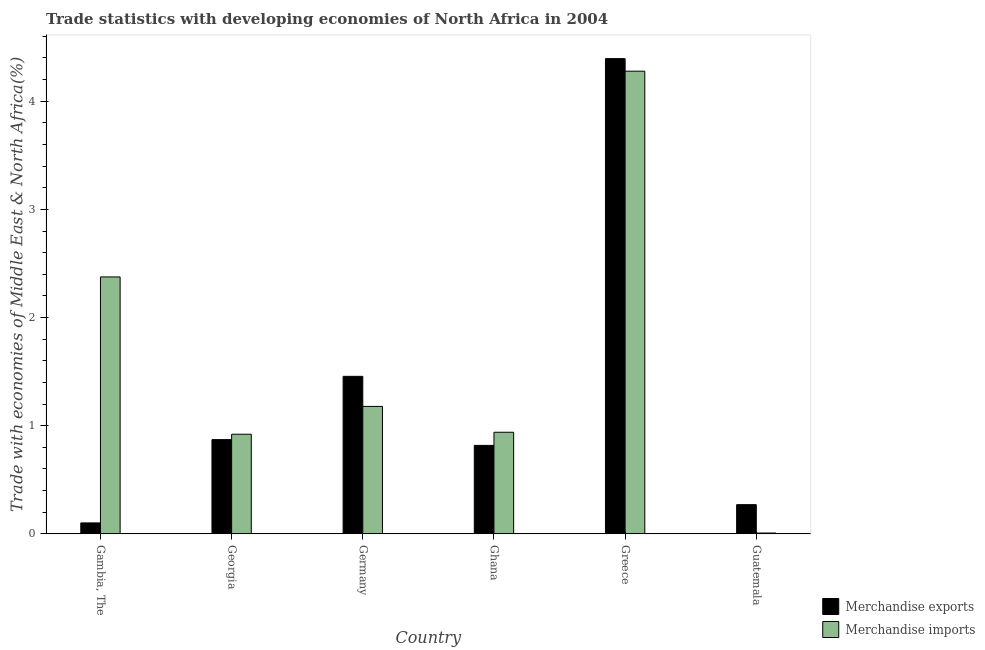
| Country | Merchandise exports | Merchandise imports |
 | --- | --- | --- |
 | Gambia, The | 0.101 | 2.38 |
 | Georgia | 0.871 | 0.921 |
 | Germany | 1.46 | 1.18 |
 | Ghana | 0.818 | 0.939 |
 | Greece | 4.39 | 4.28 |
 | Guatemala | 0.27 | 0.00754 |